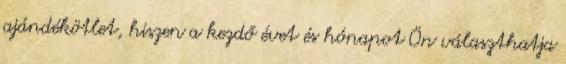
ajándékötlet, hiszen a kezdő évet és hónapot Ön választhatja